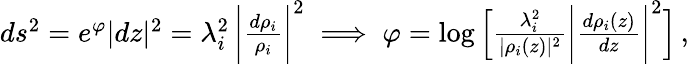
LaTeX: \begin{array}{r}{ds^{2}=e^{\varphi}|dz|^{2}=\lambda_{i}^{2}\, \bigg|{\frac{d\rho_{i}}{\rho_{i}}}\bigg|^{2}\implies\varphi=\log\left[{\frac{\lambda_{i}^{2}}{|\rho_{i}(z)|^{2}}}\bigg|{\frac{d\rho_{i}(z)}{dz}}\bigg|^{2}\right]\, ,}\end{array}